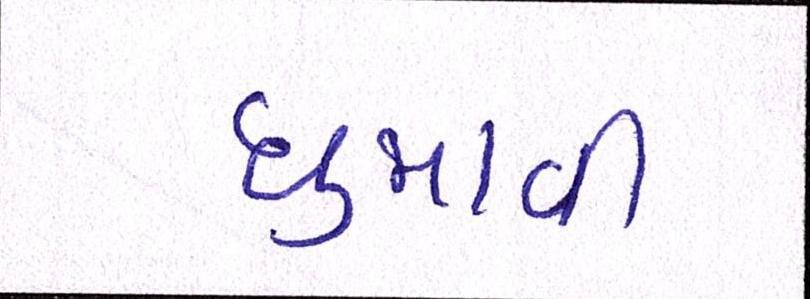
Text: ઘુમાવી